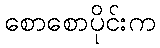
စောစောပိုင်းက